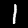
Label: 1